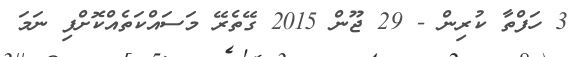
3 ހަފްތާ ކުރިން - 29 ޖޫން 2015 ގޭތެރޭ މަސައްކަތެއްކޮށްފި ނަމަ